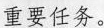
重要任务。